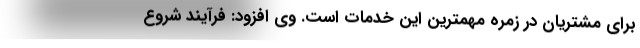
برای مشتریان در زمره مهمترین این خدمات است. وی افزود: فرآیند شروع